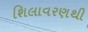
શિલાવરણથી